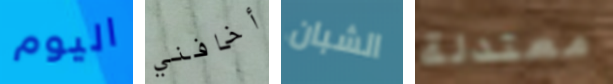
اليوم أخافني الشبان معتدلة